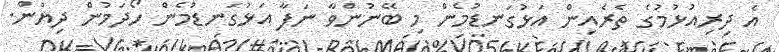
އެ ދިރިއުޅުމުގެ ތެރެއިން އަޅުގަނޑުމެން މި ބޭނުންވާ ނަފާ އަޅުގަނޑުމެން ހޯދަމުން ދިޔުން.